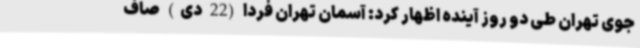
جوی تهران طی دو روز آینده اظهار کرد: آسمان تهران فردا (22 دی) صاف